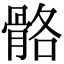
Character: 骼